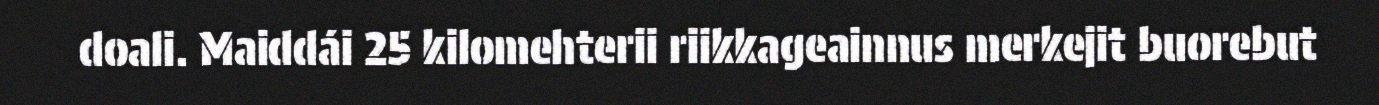
doali. Maiddái 25 kilomehterii riikkageainnus merkejit buorebut